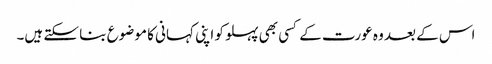
اس کے بعد وہ عورت کے کسی بھی پہلو کو اپنی کہانی کا موضوع بنا سکتے ہیں۔